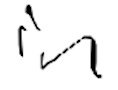
Text: in
Cross-out: clean
Writing tool: digital_black